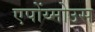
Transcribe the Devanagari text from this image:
एपोंय्मोउस